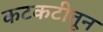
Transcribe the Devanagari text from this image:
कटकटीतून